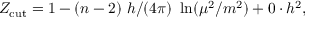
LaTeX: Z _ { \mathrm { c u t } } = 1 - ( n - 2 ) ~ h / ( 4 \pi ) ~ \ln ( \mu ^ { 2 } / m ^ { 2 } ) + 0 \cdot h ^ { 2 } ,